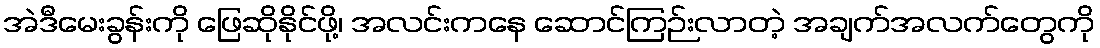
အဲဒီမေးခွန်းကို ဖြေဆိုနိုင်ဖို့၊ အလင်းကနေ ဆောင်ကြဉ်းလာတဲ့ အချက်အလက်တွေကို